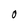
Character: 0